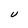
Character: U